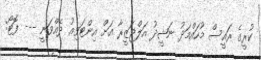
ކުރީގެ ރައީސް މުހައްމަދު ނަޝީދު އަލްޖަޒީރާ އަށް އިންޓަވިއު ދެއްވަނީ --- ފޮޓޯ: